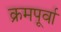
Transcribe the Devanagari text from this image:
क्रमपूर्वा